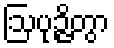
ဩပုဉ္ဇိတွာ